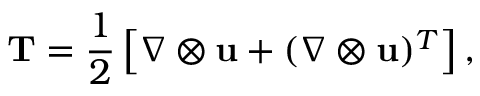
\mathbf { T } = \frac { 1 } { 2 } \left[ \nabla \otimes \mathbf { u } + ( \nabla \otimes \mathbf { u } ) ^ { T } \right] ,